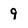
Character: 9